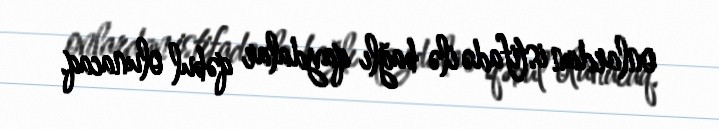
onlardan istifadə ilə bağlı qaydalar qəbul olunacaq.